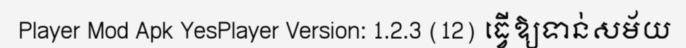
Player Mod Apk YesPlayer Version: 1.2.3 (12) ធ្វើឱ្យទាន់សម័យ